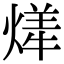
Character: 㷣